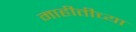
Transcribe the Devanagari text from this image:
माहीतीच्या